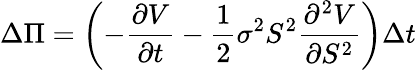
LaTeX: \Delta\Pi=\left(-{\frac{\partial V}{\partial t}}-{\frac{1}{2}}\sigma^{2}S^{2}{\frac{\partial^{2}V}{\partial S^{2}}}\right)\Delta t